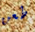
طعن